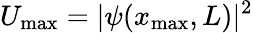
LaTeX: U_{\mathrm{max}}=\vert\psi(x_{\mathrm{max}},L)\vert^{2}